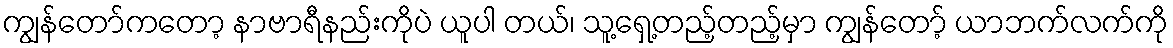
ကျွန်တော်ကတော့ နာဗာရီနည်းကိုပဲ ယူပါ တယ်၊ သူ့ရှေ့တည့်တည့်မှာ ကျွန်တော့် ယာဘက်လက်ကို